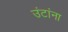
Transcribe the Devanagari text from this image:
उंटांना